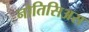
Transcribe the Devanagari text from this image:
नोतिसिअस